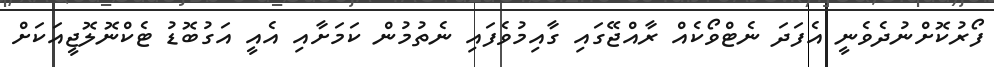
ފޯރުކޮށްނުދެވެނީ އެފަދަ ނެޓްވޯކެއް ރާއްޖޭގައި ގާއިމުވެފައި ނެތުމުން ކަމަށާއި އެއީ އަގުބޮޑު ޓެކްނޮލޮޖީއަކަށް